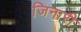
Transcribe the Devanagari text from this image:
जिनारी